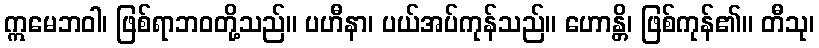
ဣမေဘဝါ၊ ဖြစ်ရာဘဝတို့သည်။ ပဟီနာ၊ ပယ်အပ်ကုန်သည်။ ဟောန္တိ၊ ဖြစ်ကုန်၏။ တီသု၊